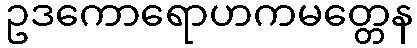
ဥဒကောရောဟကမတ္တေန